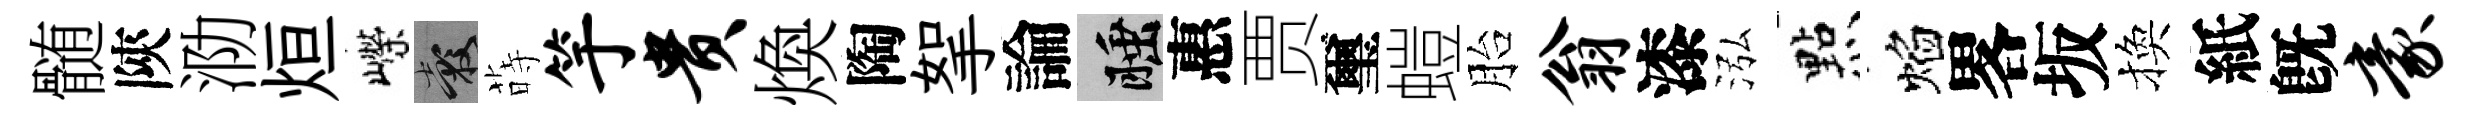
髄陝泐烜嶸穀蒔竽贵煥陶挐論睡惠贾璽螘胎翁漆泓㸃焰畧坂換紙旣豪